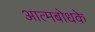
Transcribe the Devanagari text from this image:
आत्मबोधके